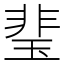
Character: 㻗